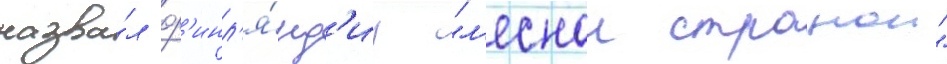
назва́л ф'инл'я́нд'иу "л'еснои странои"